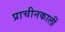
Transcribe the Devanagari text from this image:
प्राचीनकालीं